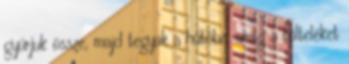
gyúrjuk össze, majd tegyük a hűtőbe, amíg a tölteléket